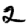
Digit: 2